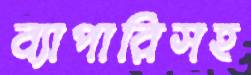
ব্যাপারিসহ